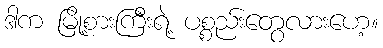
ဒါက မြို့စားကြီးရဲ့ ပစ္စည်းတွေလားဟေ့။